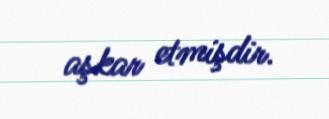
aşkar etmişdir.